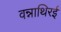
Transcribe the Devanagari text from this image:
वन्नाथिरई